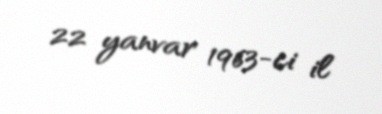
22 yanvar 1963-ci il